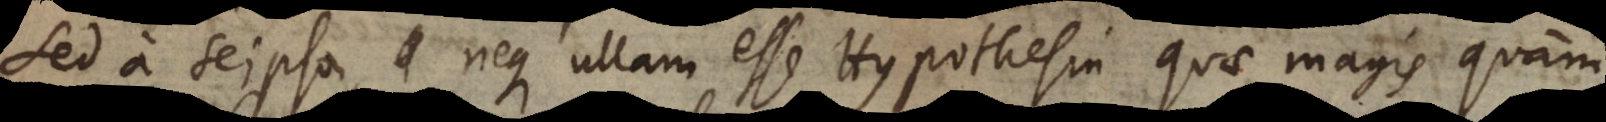
sed a seipsa, neque ullam esse Hypothesin quae magis quam